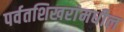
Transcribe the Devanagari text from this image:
पर्वतशिखरांमधील